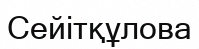
Сейітқұлова